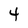
Character: 4